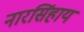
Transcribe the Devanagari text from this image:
नारसिंहाय